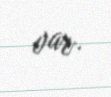
var.